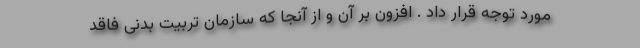
مورد توجه قرار داد . افزون بر آن و از آنجا که سازمان تربیت بدنی فاقد